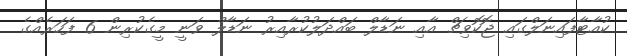
ކުއާޓާފައިނަލްގައި ޖޮކޮވިޗް އާއި ނަޑާލް ބައްދަލުކުރާއިރު ނަޑާލް ވަނީ މީގެކުރިން 6 ފަހަރެއްގެ